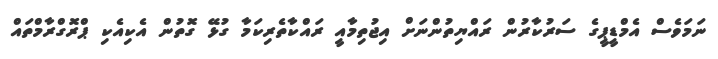
ނަމަވެސް އެމްޑީޕީގެ ސަރުކާރުން ރައްޔިތުންނަށް އިޖުތިމާއީ ރައްކާތެރިކަމާ ގުޅޭ ގޮތުން އެކިއެކި ޕްރޮގްރާމްތައް